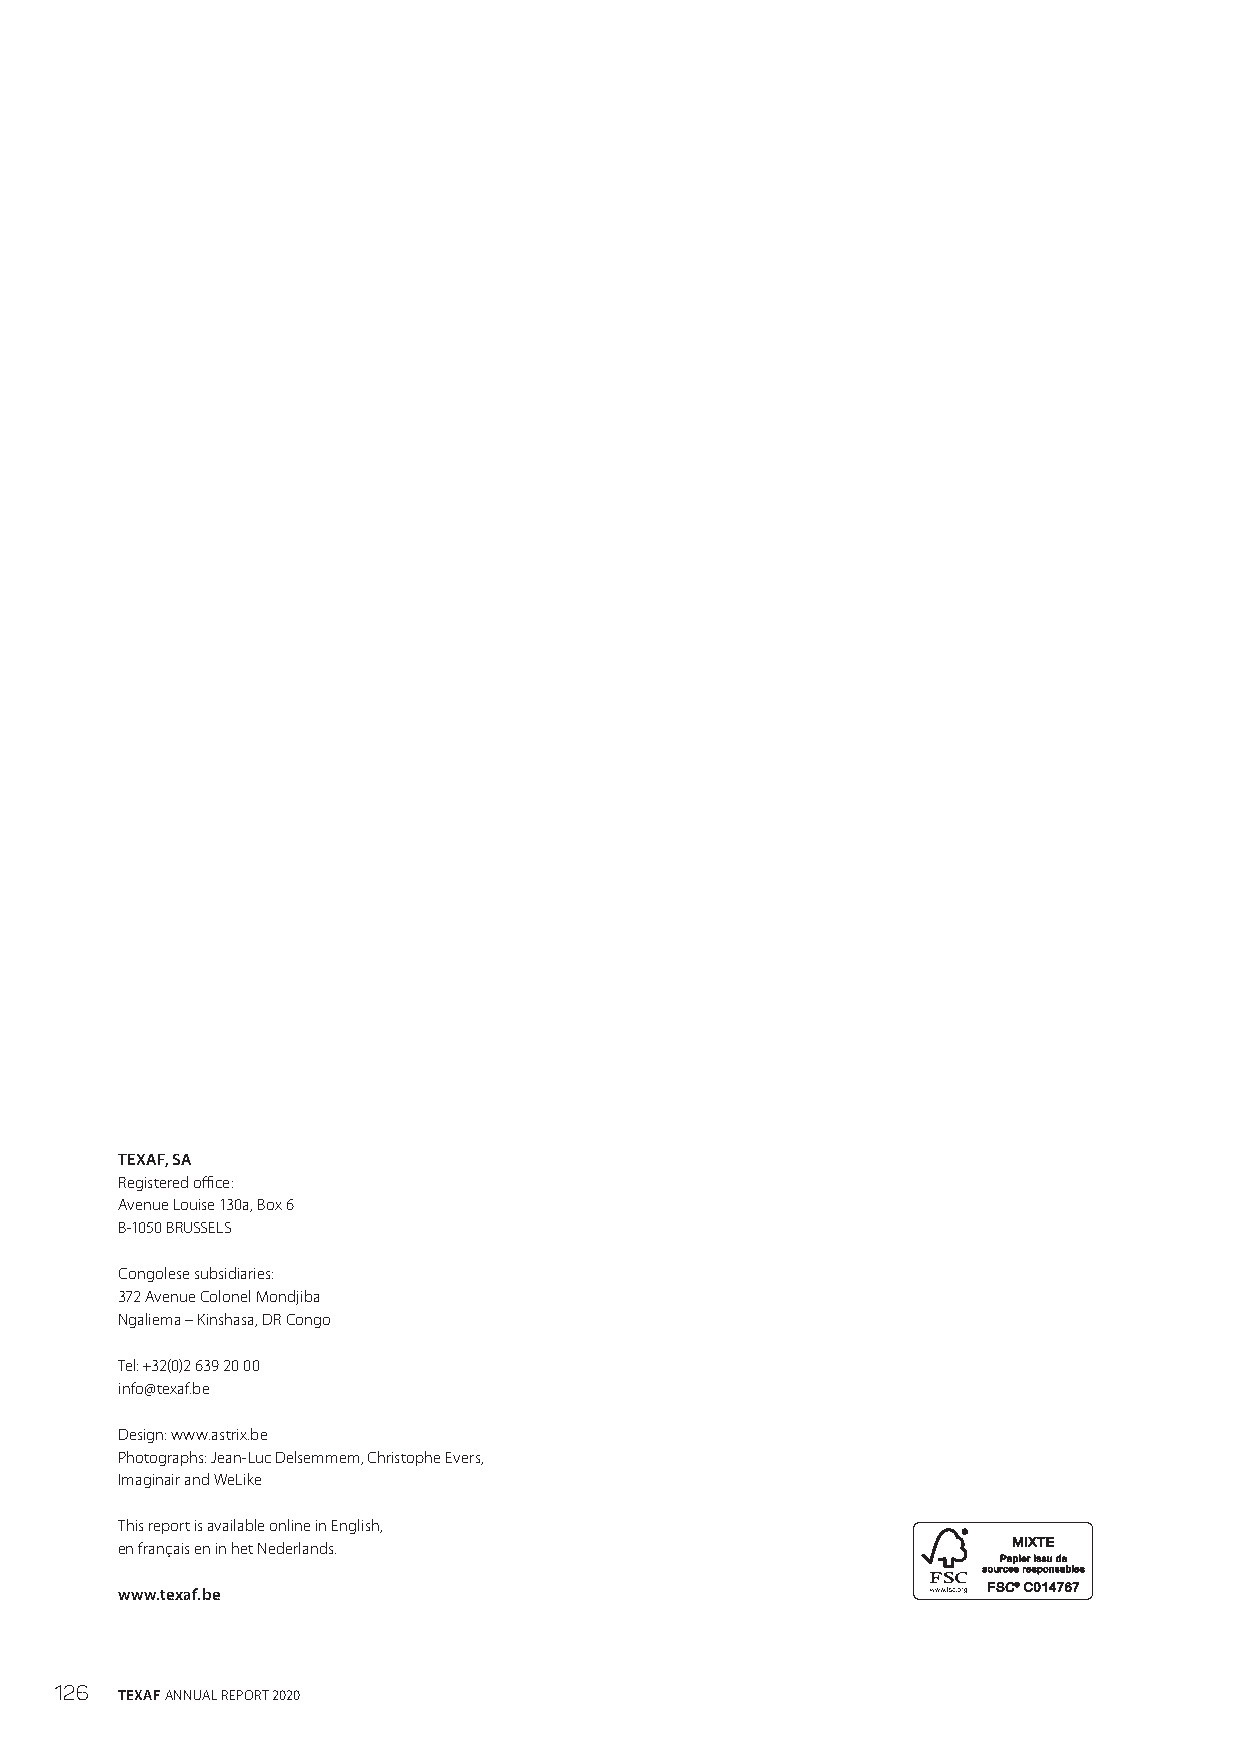
TEXAF, SA
 Registered office:
 Avenue Louise 130a, Box 6
 B-1050 BRUSSELS
 Congolese subsidiaries:
 372 Avenue Colonel Mondjiba
 Ngaliema – Kinshasa, DR Congo
 Tel: +32(0)2 639 20 00
 info@texaf.be
 Design: www.astrix.be
 Photographs: Jean-Luc Delsemmem, Christophe Evers,
 Imaginair and WeLike
 This report is available online in English,
 en français en in het Nederlands.
 www.texaf.be
 126 TEXAF ANNUAL REPORT 2020